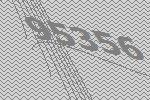
95356